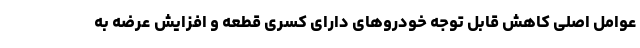
عوامل اصلی کاهش قابل توجه خودروهای دارای کسری قطعه و افزایش عرضه به